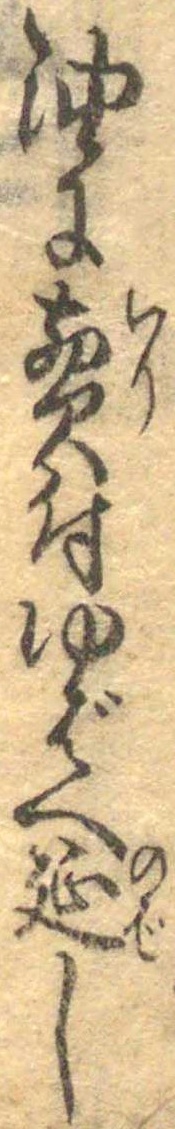
油に煎付ゆばへ延し